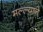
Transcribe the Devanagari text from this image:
मल्ल्याने